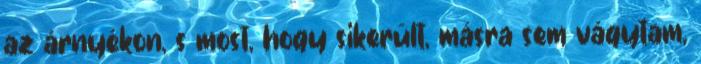
az árnyékon, s most, hogy sikerült, másra sem vágytam,